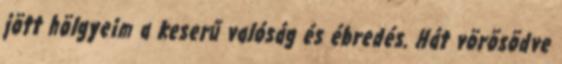
jött hölgyeim a keserű valóság és ébredés. Hát vörösödve